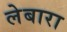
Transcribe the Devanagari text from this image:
लेबारा